Vaccine operations Central Provinces & Berar 1922-1929 - 1922-1929
Year: 1922
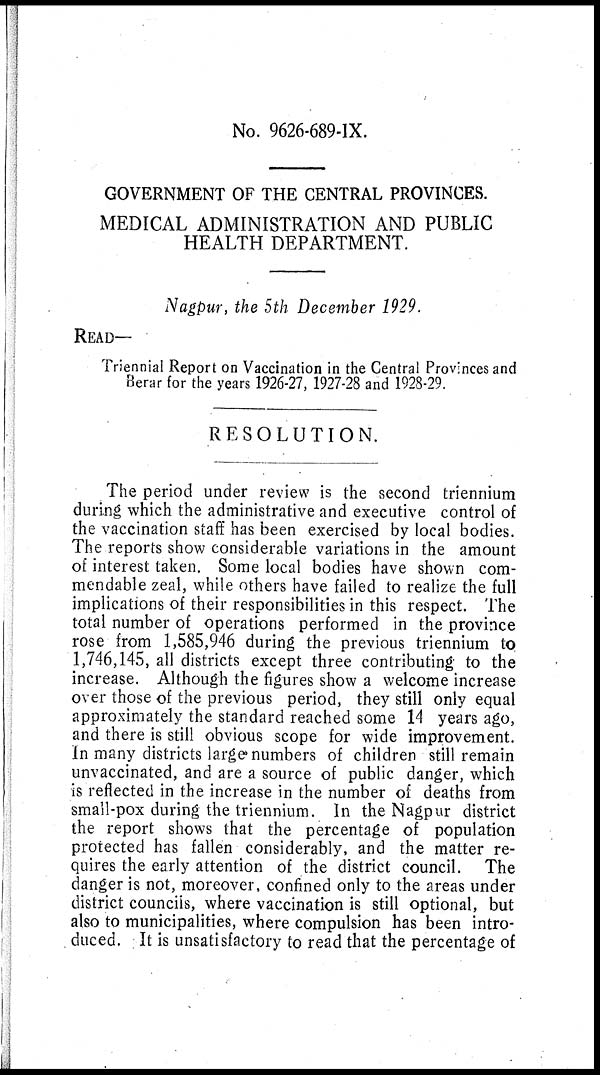
No. 9626-689-IX.
GOVERNMENT OF THE CENTRAL PROVINCES.
MEDICAL ADMINISTRATION AND PUBLIC
HEALTH DEPARTMENT.
Nagpur, the 5th December 1929.
READ—
Triennial Report on Vaccination in the Central Provinces and
Berar for the years 1926-27, 1927-28 and 1928-29.
RESOLUTION.
The period under review is the second triennium
during which the administrative and executive control of
the vaccination staff has been exercised by local bodies.
The reports show considerable variations in the amount
of interest taken. Some local bodies have shown com-
mendable zeal, while others have failed to realize the full
implications of their responsibilities in this respect. The
total number of operations performed in the province
rose from 1,585,946 during the previous triennium to
1,746,145, all districts except three contributing to the
increase. Although the figures show a welcome increase
over those of the previous period, they still only equal
approximately the standard reached some 14 years ago,
and there is still obvious scope for wide improvement.
In many districts large numbers of children still remain
unvaccinated, and are a source of public danger, which
is reflected in the increase in the number of deaths from
small-pox during the triennium. In the Nagpur district
the report shows that the percentage of population
protected has fallen considerably, and the matter re-
quires the early attention of the district council. The
danger is not, moreover, confined only to the areas under
district councils, where vaccination is still optional, but
also to municipalities, where compulsion has been intro-
duced. It is unsatisfactory to read that the percentage of